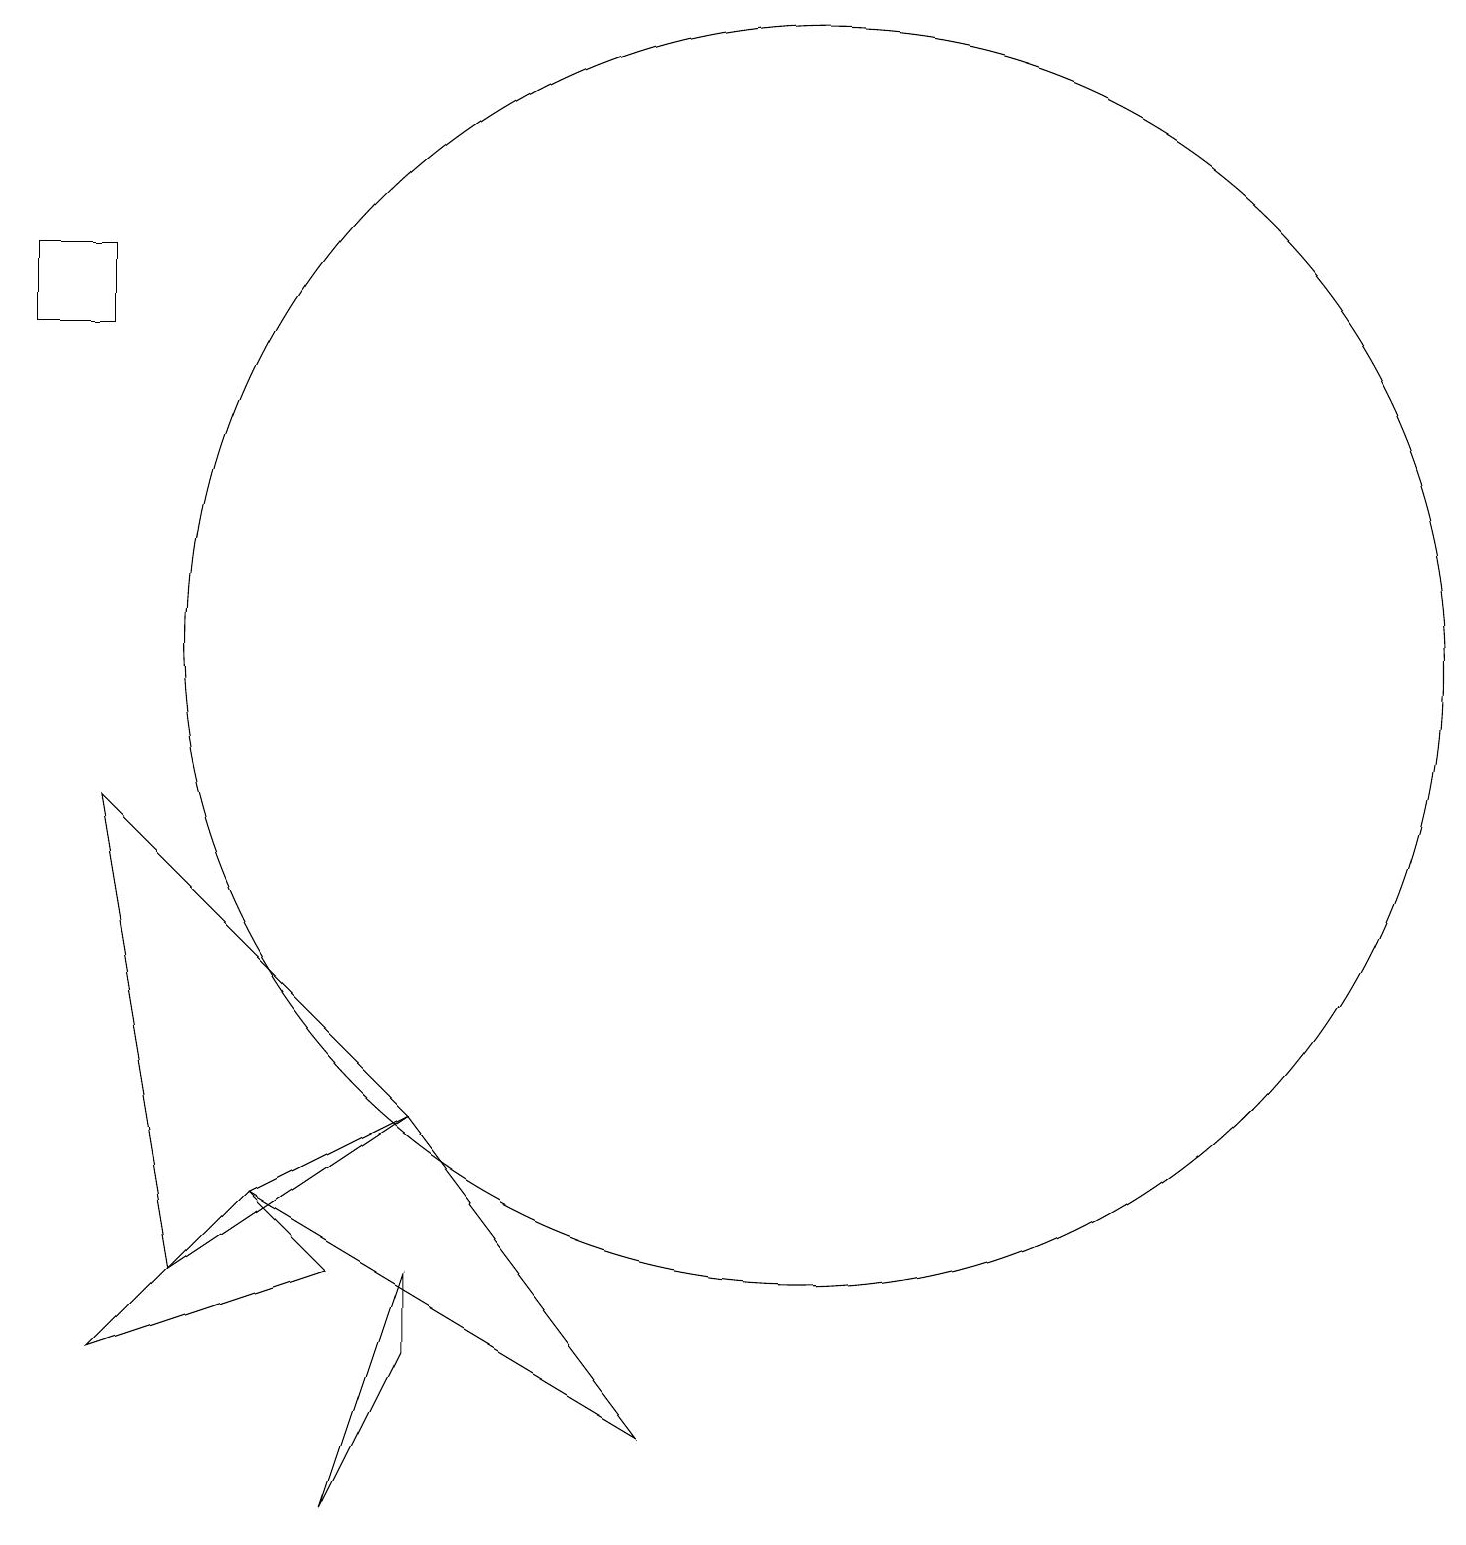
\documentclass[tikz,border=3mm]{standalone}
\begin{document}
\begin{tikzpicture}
\draw (11,11) circle (0);
\draw (5,0) -- (6,3) -- (6,2) -- cycle;
\draw (1,15) rectangle (2,16);
\draw (3,3) -- (2,9) -- (6,5) -- cycle;
\draw (11,11) circle (8);
\draw (4,4) -- (9,1) -- (6,5) -- cycle;
\draw (2,2) -- (4,4) -- (5,3) -- cycle;
\draw (10,10) circle (0);
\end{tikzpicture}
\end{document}